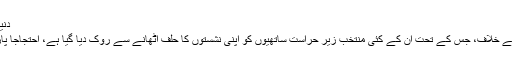
دنیا ترکی: حزب اختلاف کا حلف اٹھانے سے انکار جون 28, 2011
ترکی میں حزب اختلاف کے قانون ساز، عدالت کے ایک فیصلے کے خلاف، جس کے تحت ان کے کئی منتخب زیر حراست ساتھیوں کو اپنی نشستوں کا حلف اٹھانے سے روک دیا گیا ہے، احتجاجاً پارلیمنٹ کے افتتاحی اجلاس میں شریک ہونے سے انکار کردیا ہے۔